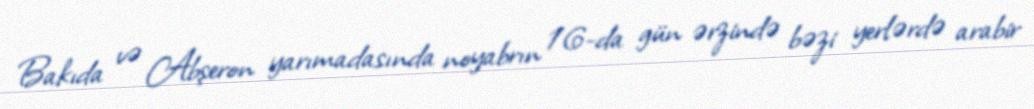
Bakıda və Abşeron yarımadasında noyabrın 16-da gün ərzində bəzi yerlərdə arabir